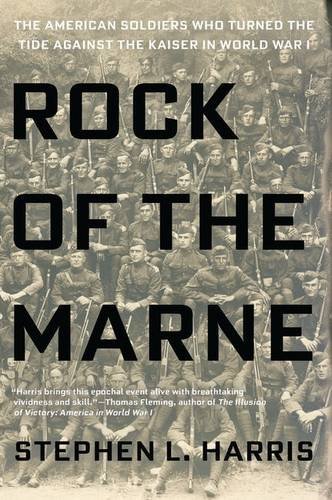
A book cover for Rock of the Marne: The American Soldiers Who Turned the Tide Against the Kaiser in World War I; Stephen L. Harris; History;